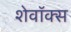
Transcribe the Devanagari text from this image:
शेवॉक्स